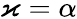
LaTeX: \varkappa=\alpha